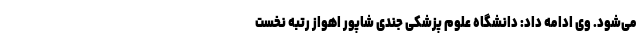
می‌شود. وی ادامه داد: دانشگاه علوم پزشکی جندی شاپور اهواز رتبه نخست